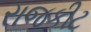
રાજકીટ